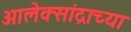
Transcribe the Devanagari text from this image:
आलेक्सांद्राच्या